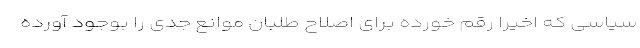
سیاسی که اخیرا رقم خورده برای اصلاح طلبان موانع جدی را بوجود آورده